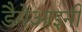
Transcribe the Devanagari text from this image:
डैमेआइनी